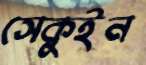
সেকুইন